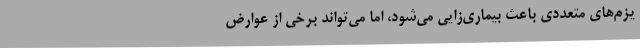
یزم‌های متعددی باعث بیماری‌زایی می‌شود، اما می‌تواند برخی از عوارض